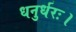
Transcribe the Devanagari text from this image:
धनुर्धरः।